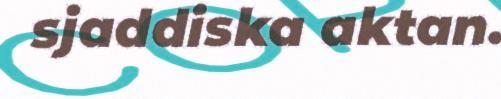
sjaddiska aktan.